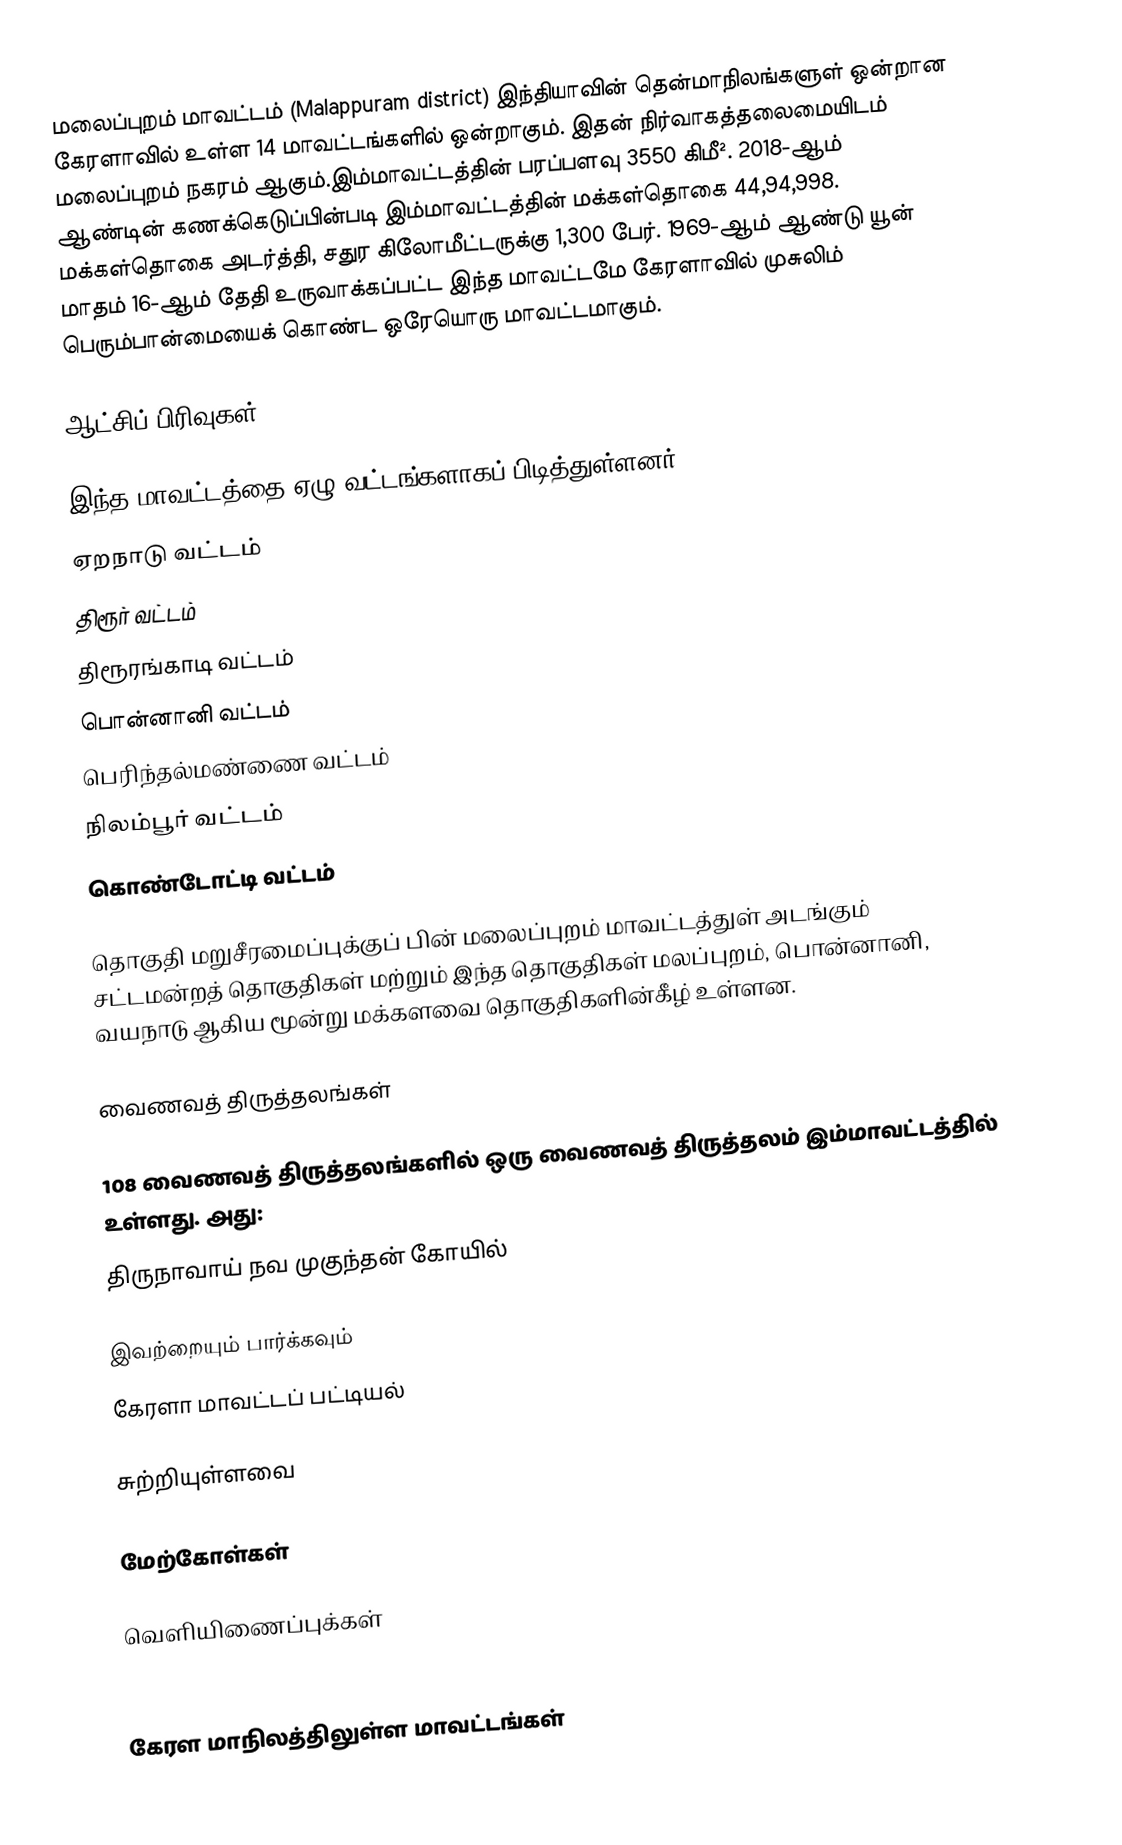
மலைப்புறம் மாவட்டம் (Malappuram district) இந்தியாவின் தென்மாநிலங்களுள் ஒன்றான கேரளாவில் உள்ள 14 மாவட்டங்களில் ஒன்றாகும். இதன் நிர்வாகத்தலைமையிடம் மலைப்புறம் நகரம் ஆகும்.இம்மாவட்டத்தின் பரப்பளவு 3550 கிமீ². 2018-ஆம் ஆண்டின் கணக்கெடுப்பின்படி இம்மாவட்டத்தின் மக்கள்தொகை 44,94,998. மக்கள்தொகை அடர்த்தி, சதுர கிலோமீட்டருக்கு 1,300 பேர். 1969-ஆம் ஆண்டு யூன் மாதம் 16-ஆம் தேதி உருவாக்கப்பட்ட இந்த மாவட்டமே கேரளாவில் முசுலிம் பெரும்பான்மையைக் கொண்ட ஒரேயொரு மாவட்டமாகும்.

ஆட்சிப் பிரிவுகள்

இந்த மாவட்டத்தை ஏழு வட்டங்களாகப் பிடித்துள்ளனர்.
ஏறநாடு வட்டம்
திரூர் வட்டம்
திரூரங்காடி வட்டம்
பொன்னானி வட்டம்
பெரிந்தல்மண்ணை வட்டம்
நிலம்பூர் வட்டம்
கொண்டோட்டி வட்டம்

தொகுதி மறுசீரமைப்புக்குப் பின் மலைப்புறம் மாவட்டத்துள் அடங்கும் சட்டமன்றத் தொகுதிகள் மற்றும் இந்த தொகுதிகள் மலப்புறம், பொன்னானி, வயநாடு ஆகிய மூன்று மக்களவை தொகுதிகளின்கீழ் உள்ளன.

வைணவத் திருத்தலங்கள்

108 வைணவத் திருத்தலங்களில் ஒரு வைணவத் திருத்தலம் இம்மாவட்டத்தில் உள்ளது. அது:
 திருநாவாய் நவ முகுந்தன் கோயில்

இவற்றையும் பார்க்கவும்
 கேரளா மாவட்டப் பட்டியல்

சுற்றியுள்ளவை

மேற்கோள்கள்

வெளியிணைப்புக்கள்

கேரள மாநிலத்திலுள்ள மாவட்டங்கள்